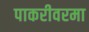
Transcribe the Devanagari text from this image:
पाकरीवरमा